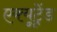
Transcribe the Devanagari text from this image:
एक्यूट्रेंड